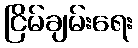
ငြိမ်ချမ်းရေး